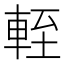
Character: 輊